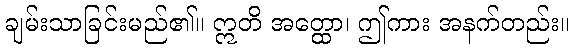
ချမ်းသာခြင်းမည်၏။ ဣတိ အတ္ထော၊ ဤကား အနက်တည်း။